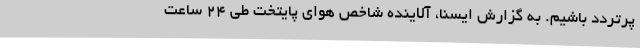
پرتردد باشیم. به گزارش ایسنا، آلاینده شاخص هوای پایتخت طی 24 ساعت